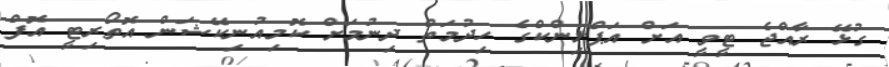
ގުޅޭ ރާއްޖެ ޓީވީ އަށް އަޕްލިންކްގެ ހިދުމަތް ދިނުމަށް ކޮމިއުނިކޭޝަން އޮތޯރިޓީ އޮފް